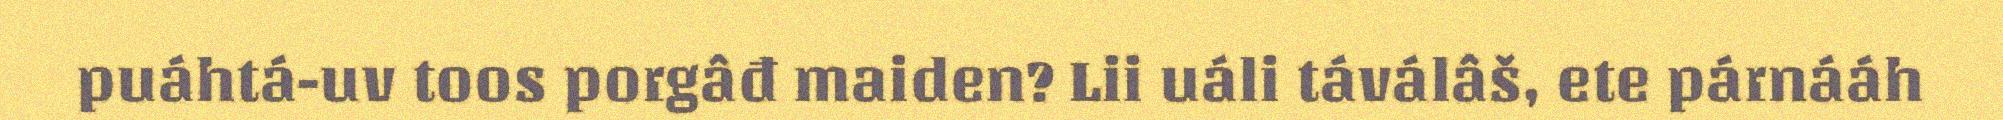
puáhtá-uv toos porgâđ maiden? Lii uáli táválâš, ete párnááh